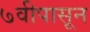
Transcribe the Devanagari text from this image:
७वीपासून